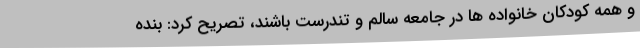
و همه کودکان خانواده ها در جامعه سالم و تندرست باشند، تصریح کرد: بنده